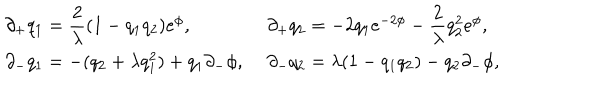
\left. \begin{array} { l l } { { \partial _ { + } q _ { 1 } = { \displaystyle \frac { 2 } { \lambda } } ( 1 - q _ { 1 } q _ { 2 } ) e ^ { \phi } , \, \, } } & { { \partial _ { + } q _ { 2 } = - 2 q _ { 1 } e ^ { - 2 \phi } - { \displaystyle \frac { 2 } { \lambda } } q _ { 2 } ^ { 2 } e ^ { \phi } , } } \\ { { \partial _ { - } q _ { 1 } = - ( q _ { 2 } + \lambda q _ { 1 } ^ { 2 } ) + q _ { 1 } \partial _ { - } \phi , \, \, } } & { { \partial _ { - } q _ { 2 } = \lambda ( 1 - q _ { 1 } q _ { 2 } ) - q _ { 2 } \partial _ { - } \phi , } } \\ \end{array} \right.